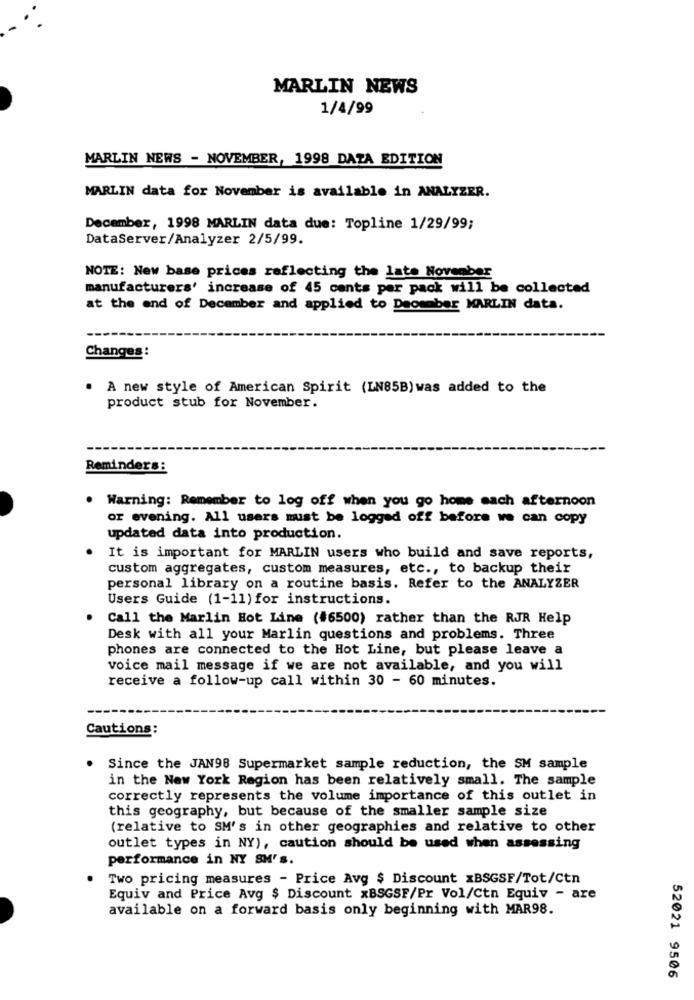
MARLIN NEWS
1/4/99
MARLIN NEWS - NOVEMBER, 1998 DATA EDITION
MARLIN data for November is available in ANALYZER.
December, 1998 MARLIN data due: Topline 1/29/99;
DataServer/Analyzer 2/5/99.
NOTE: New base prices reflecting the late November
manufacturers' increase of 45 cents per pack will be collected
at the end of December and applied to December MARLIN data.
Changes:
. A new style of American Spirit (LN85B) was added to the
product stub for November.
Reminders:
Warning: Remember to log off when you go home each afternoon
or evening. All users must be logged off before we can copy
updated data into production.
It is important for MARLIN users who build and save reports,
custom aggregates, custom measures, etc ., to backup their
personal library on a routine basis. Refer to the ANALYZER
Users Guide (1-11) for instructions.
Call the Marlin Hot Line (#6500) rather than the RJR Help
Desk with all your Marlin questions and problems. Three
phones are connected to the Hot Line, but please leave a
voice mail message if we are not available, and you will
receive a follow-up call within 30 - 60 minutes.
Cautions:
Since the JAN98 Supermarket sample reduction, the SM sample
in the New York Region has been relatively small. The sample
correctly represents the volume importance of this outlet in
this geography, but because of the smaller sample size
(relative to SM's in other geographies and relative to other
outlet types in NY), caution should be used when assessing
performance in NY SM' s.
Two pricing measures - Price Avg $ Discount xBSGSF/Tot/Ctn
Equiv and Price Avg $ Discount xBSGSF/Pr Vol/Ctn Equiv - are
available on a forward basis only beginning with MAR98.
52021 9506